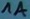
Text: 1A